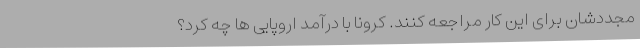
مجددشان برای این کار مراجعه کنند. کرونا با درآمد اروپایی ها چه کرد؟